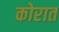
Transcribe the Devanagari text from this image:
कोरात